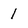
Character: 1